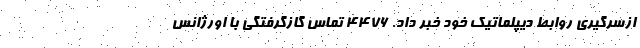
ازسرگیری روابط دیپلماتیک خود خبر داد. ۴۴٧۶ تماس گازگرفتگی با اورژانس